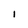
Character: I